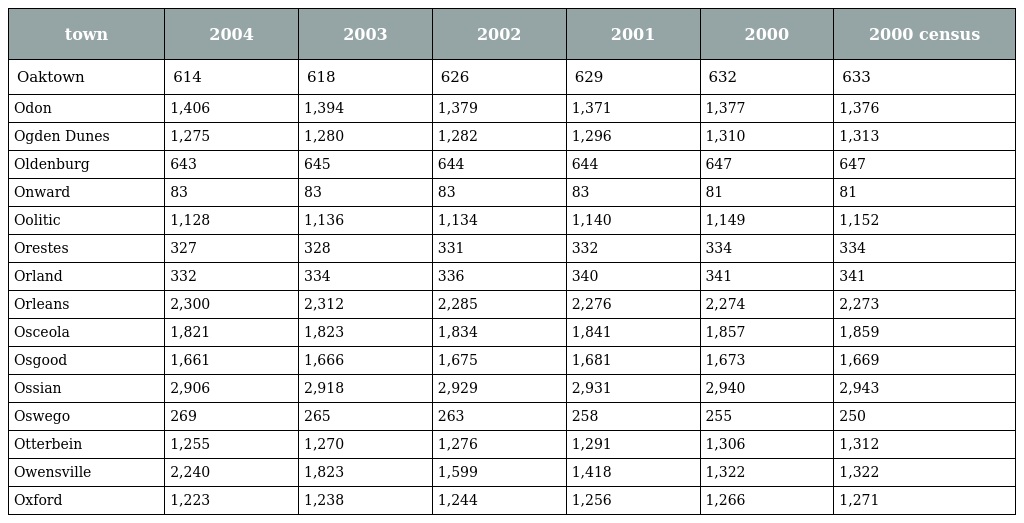
| town | 2004 | 2003 | 2002 | 2001 | 2000 | 2000 census |
 | --- | --- | --- | --- | --- | --- | --- |
 | Oaktown | 614 | 618 | 626 | 629 | 632 | 633 |
 | Odon | 1,406 | 1,394 | 1,379 | 1,371 | 1,377 | 1,376 |
 | Ogden Dunes | 1,275 | 1,280 | 1,282 | 1,296 | 1,310 | 1,313 |
 | Oldenburg | 643 | 645 | 644 | 644 | 647 | 647 |
 | Onward | 83 | 83 | 83 | 83 | 81 | 81 |
 | Oolitic | 1,128 | 1,136 | 1,134 | 1,140 | 1,149 | 1,152 |
 | Orestes | 327 | 328 | 331 | 332 | 334 | 334 |
 | Orland | 332 | 334 | 336 | 340 | 341 | 341 |
 | Orleans | 2,300 | 2,312 | 2,285 | 2,276 | 2,274 | 2,273 |
 | Osceola | 1,821 | 1,823 | 1,834 | 1,841 | 1,857 | 1,859 |
 | Osgood | 1,661 | 1,666 | 1,675 | 1,681 | 1,673 | 1,669 |
 | Ossian | 2,906 | 2,918 | 2,929 | 2,931 | 2,940 | 2,943 |
 | Oswego | 269 | 265 | 263 | 258 | 255 | 250 |
 | Otterbein | 1,255 | 1,270 | 1,276 | 1,291 | 1,306 | 1,312 |
 | Owensville | 2,240 | 1,823 | 1,599 | 1,418 | 1,322 | 1,322 |
 | Oxford | 1,223 | 1,238 | 1,244 | 1,256 | 1,266 | 1,271 |